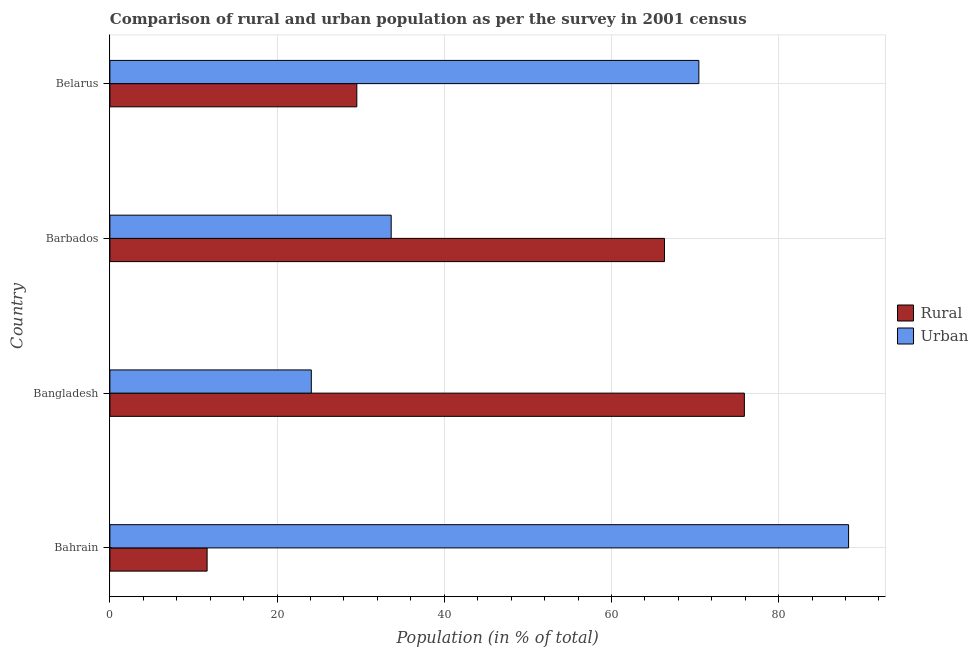
| Country | Rural | Urban |
 | --- | --- | --- |
 | Bahrain | 11.6 | 88.4 |
 | Bangladesh | 75.9 | 24.1 |
 | Barbados | 66.3 | 33.7 |
 | Belarus | 29.5 | 70.5 |